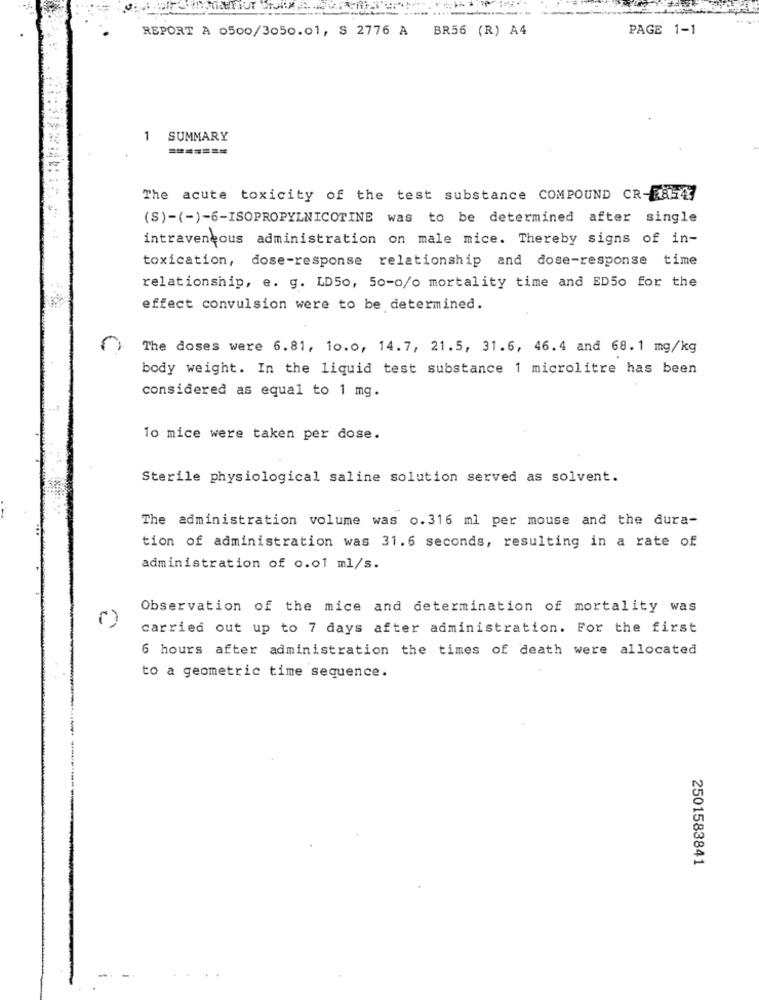
REPORT A 0500/3050.01, S 2776 A BR56 (R) A4
PAGE 1-1
1
SUMMARY
The acute toxicity of the test substance COMPOUND CR-E8547
(S)-(-)-6-ISOPROPYLNICOTINE was to be determined after single
intravensous administration on male mice. Thereby signs of in-
toxication, dose-response relationship and dose-response time
relationship, e. g. LD50, 50-o/o mortality time and ED50 for the
effect convulsion were to be determined.
The doses were 6.81, 10.0, 14.7, 21.5, 31.6, 46.4 and 68.1 mg/kg
body weight. In the liquid test substance 1 microlitre has been
considered as equal to 1 mg.
10 mice were taken per dose.
Sterile physiological saline solution served as solvent.
The administration volume was o.316 ml per mouse and the dura-
tion of administration was 31.6 seconds, resulting in a rate of
administration of o.o1 ml/s.
Observation of the mice and determination of mortality was
carried out up to 7 days after administration. For the first
6 hours after administration the times of death were allocated
to a geometric time sequence.
2501583841